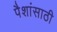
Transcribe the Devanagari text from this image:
पैशांसाठी